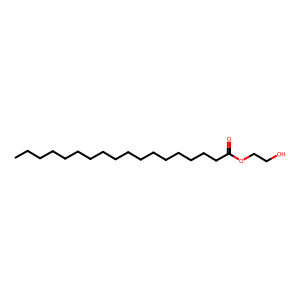
SMILES: CCCCCCCCCCCCCCCCCC(=O)OCCO
Inhibits HIV replication: No